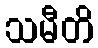
သမီတိ